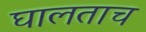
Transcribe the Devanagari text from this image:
घालताच